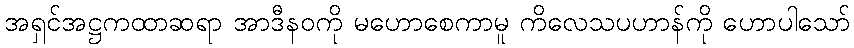
အရှင်အဋ္ဌကထာဆရာ အာဒီနဝကို မဟောစေကာမူ ကိလေသပဟာန်ကို ဟောပါသော်